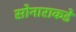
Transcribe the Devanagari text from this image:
सोनाराकडे